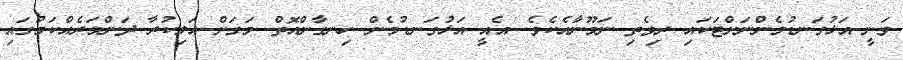
ވަނީ އަޅުގަނޑުމެންނަށްޓަކައި ރިވެތި ނަމޫނާއެކެވެ. އެއީ އަޅުގަނޑުމެން ހިނގާންއޮތް މަގަށް އަލިކުރާ ދަންމަރެއްކަމުގައި